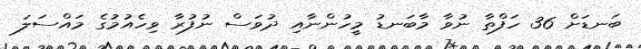
ބަނޑަށް 36 ހަފްތާ ނުވާ މާބަނޑު މީހުންނާއި ދުވަސް ނުފުރާ ވިހެއުމުގެ މައްސަލަ